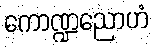
ကောဏ္ဍညောဟံ